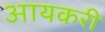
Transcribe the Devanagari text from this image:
आयकरी